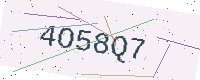
Text: 4O58Q7